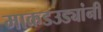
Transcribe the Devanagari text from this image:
माकडउड्यांनी